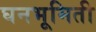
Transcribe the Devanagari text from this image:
घनभूमिती